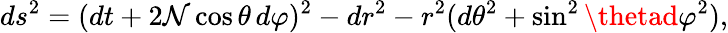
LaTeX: ds^{2}=(dt+2\mathcal{N}\cos\theta\, d\varphi)^{2}-dr^{2}-r^{2}(d\theta^{2}+\sin^{2}\thetad\varphi^{2}),